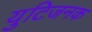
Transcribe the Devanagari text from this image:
युटिजनक